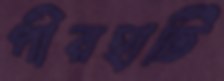
পীরহাটি